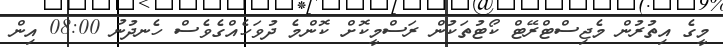
މީގެ އިތުރުން މެޖިސްޓްރޭޓް ކޯޓުތަކުން ރަސްމީކޮށް ކޮންމެ ދުވަހެއްގެވެސް ހެނދުނު 08:00 އިން